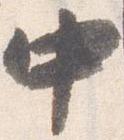
中